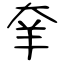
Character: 羍